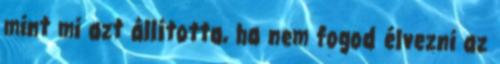
mint mi azt állította, ha nem fogod élvezni az